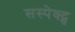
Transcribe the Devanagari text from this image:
सस्पेक्ट्स